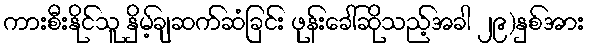
ကားစီးနိုင်သူ နှိမ့်ချဆက်ဆံခြင်း ဖုန်းခေါ်ဆိုသည့်အခါ ၂၉)နှစ်အား